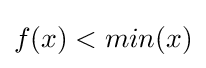
f(x)<min(x)